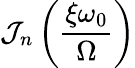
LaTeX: \mathcal{J}_{n}\left(\frac{{\xi\omega_{0}}}{{\Omega}}\right)